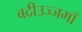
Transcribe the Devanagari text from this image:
बदीउज्जमाँ